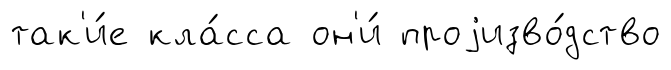
так'и́е кла́сса он'и́ проjизво́дство